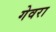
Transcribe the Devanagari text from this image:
गेवरा